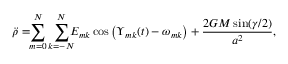
\ddot { \rho } = \! \! \sum _ { m = 0 } ^ { N } \sum _ { k = - N } ^ { N } \! \! \! E _ { m k } \cos \left( \Upsilon _ { m k } ( t ) - \omega _ { m k } \right) + \frac { 2 G M \sin ( \gamma / 2 ) } { a ^ { 2 } } ,